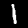
Digit: 1